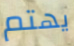
يهتم